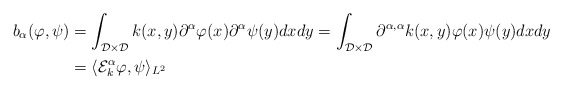
\begin{align*} b_{\alpha}(\varphi,\psi) &= \int_{\mathcal{D}\times\mathcal{D}}k(x,y)\partial^{\alpha}\varphi(x)\partial^{\alpha}\psi(y)dxdy = \int_{\mathcal{D}\times\mathcal{D}}\partial^{\alpha,\alpha}k(x,y)\varphi(x)\psi(y)dxdy \\ &= \langle \mathcal{E}_k^{\alpha}\varphi,\psi\rangle_{L^2} \end{align*}